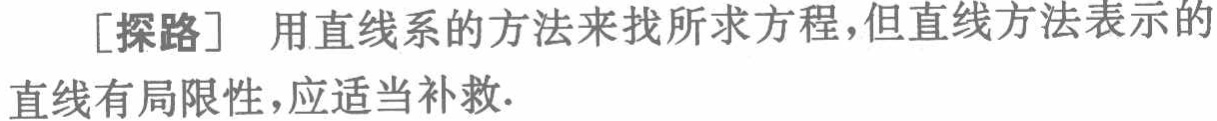
[探路] 用直线系的方法来找所求方程,但直线方法表示的直线有局限性，应适当补救.